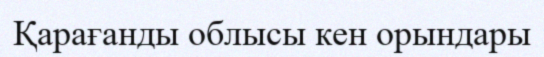
Қарағанды облысы кен орындары